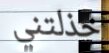
خذلتني